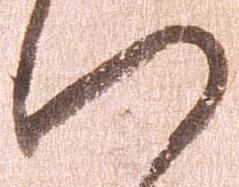
い